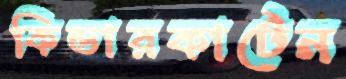
কিন্ডারকার্টেন